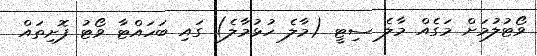
ވޯޓުލުމަށް މަގެއް މާލެ ސިޓީ (މާލެ ހުޅުމާލެ) ގައި ބަހައްޓާ ވޯޓު ފޮށިތައް